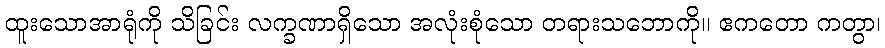
ထူးသောအာရုံကို သိခြင်း လက္ခဏာရှိသော အလုံးစုံသော တရားသဘောကို။ ဧကတော ကတွာ၊